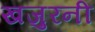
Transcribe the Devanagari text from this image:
खजुरनी